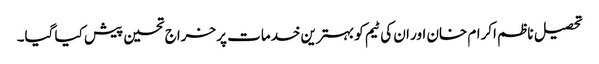
تحصیل ناظم اکرام خان اور ان کی ٹیم کو بہترین خدمات پر خراج تحسین پیش کیا گیا۔